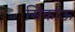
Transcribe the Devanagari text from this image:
सिंकाऊ